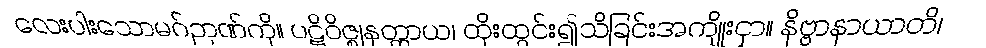
လေးပါးသောမဂ်ဉာဏ်ကို။ ပဋိဝိဇ္ဈနတ္ထာယ၊ ထိုးထွင်း၍သိခြင်းအကျိုးငှာ။ နိဗ္ဗာနာယာတိ၊